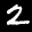
Label: 2